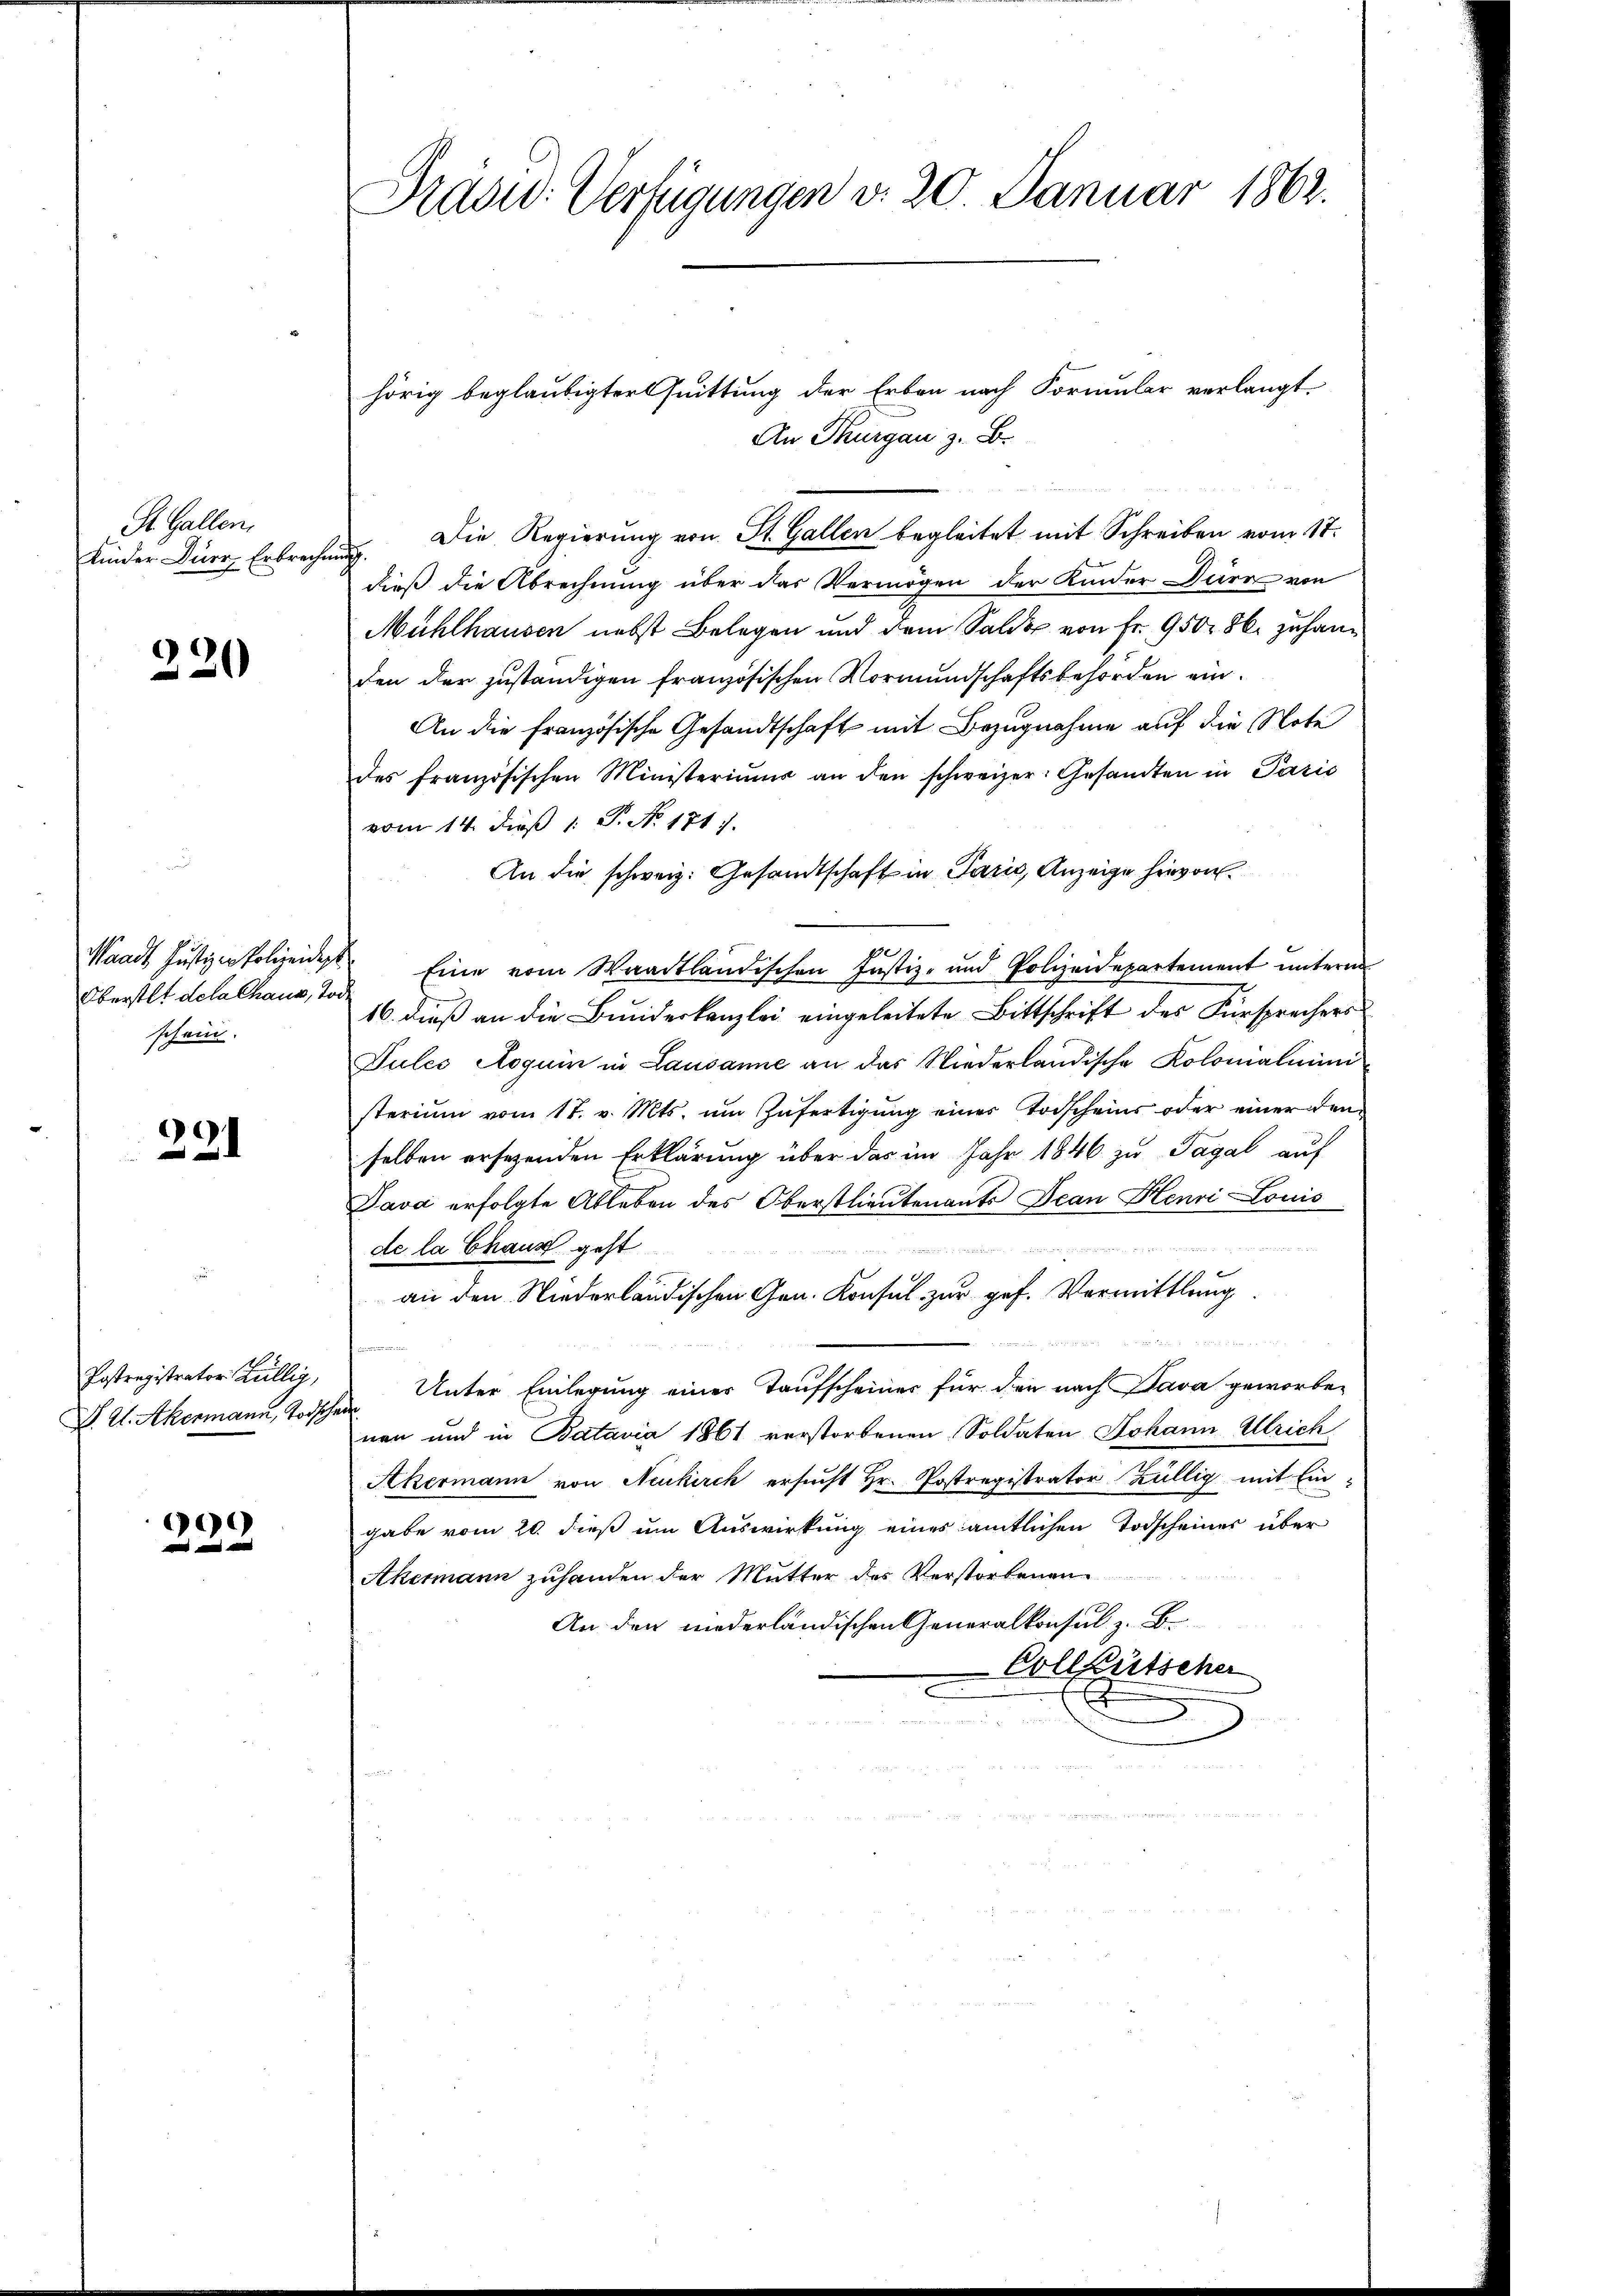
St. Gallen.
Kinder Dürr, Erbreche

320

Oberstet de la Chaus, Tod.
schein.

221

Postregistrator Züllig,
D. W. Akermann, Todsche

9

Präsid. Verfügungen d. 20. Januar 1862.

hörig beglaubigter Quittung der Erben nach Formular verlangt.
An Thurgau z. B.
Die Regierung von St. Gallen begleitet mit Schreiben vom 17.
.
dieß die Abrechnung über das Vermögen der Kinder Dürr von
Mühlhausen nebst Belegen und dem Saldo von Fr. 9500. 8. zu handen der zuständigen französischen Vormundschaftsbehörden ein¬
An die französische Gesandtschaft mit Bezugnahme auf die Note
des französischen Ministeriums an den schweizer. Gesandten in Paris
vom 14. dieß 1 P. No. 1711.
An die schweiz. Gesandtschaft in Paris, Anzeige hievon
1
Waadt Justiz-Polizeidigt. Eine vom Waadtländischen Justiz- und Polizeidepartement unterm
16. dieß an die Bundeskanzlei eingeleitete Bittschrift des Fürsprachers
Tules Aoguin in Lausanne an das Niederländische Kolonialinin
sterium vom 17. v. Mts. ŭm Zŭfertigŭng einer Todscheins oder einer den
selben ersezenden Erklärung über das im Jahr 1846 zu Tagal auf
Java erfolgte Ableben des Oberstlieutenants Jean Henri Louis

de la Chaus geht
 2 M
an den Niederländischen Gen. Konsul zur gef. Vermittlung

n
Unter Einlegung einer Taufscheiner für den nach Dava geworben
nen und in Batavia 1861 verstorbenen Soldaten Johann Ulrich
Akermann von Neukirch ersucht Hr. Postregistrator Züllig mit Ein-
gabe vom 20. dieß um Auswirkung eines amtlichen Todscheines über
Akermann zuhanden der Mutter des Verstorbenen
An den niederländischen Generalkonsul z. B.
-Collheitscher